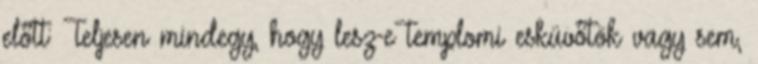
előtt: Teljesen mindegy, hogy lesz-e templomi esküvőtök vagy sem,